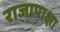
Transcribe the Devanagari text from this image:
राजापाक्षा